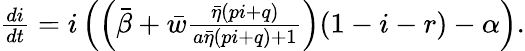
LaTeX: \begin{array}{r}{\frac{di}{dt}=i\left(\left(\bar{\beta}+{\bar{w}}\frac{\bar{\eta}(pi+q)}{a\bar{\eta}(pi+q)+1}\right)(1-i-r)-\alpha\right).}\end{array}